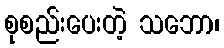
စုစည်းပေးတဲ့ သဘော၊